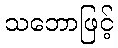
သဘောဖြင့်